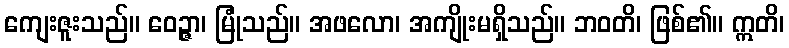
ကျေးဇူးသည်။ ဝေဉ္ဇာ၊ မြုံသည်။ အဖလော၊ အကျိုးမရှိသည်။ ဘဝတိ၊ ဖြစ်၏။ ဣတိ၊